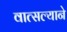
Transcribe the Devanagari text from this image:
वात्सल्याने